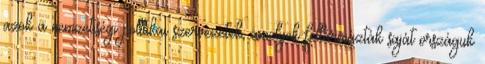
azok a nemzetiségi politikai szervezetek, amelyek fellármázták saját országuk